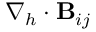
\nabla _ { h } \cdot \mathbf { B } _ { i j }